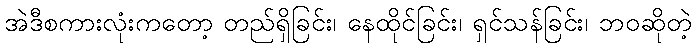
အဲဒီစကားလုံးကတော့ တည်ရှိခြင်း၊ နေထိုင်ခြင်း၊ ရှင်သန်ခြင်း၊ ဘဝဆိုတဲ့